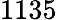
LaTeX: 1135